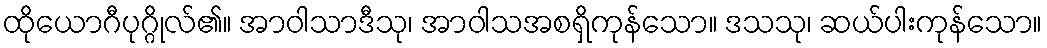
ထိုယောဂီပုဂ္ဂိုလ်၏။ အာဝါသာဒီသု၊ အာဝါသအစရှိကုန်သော။ ဒသသု၊ ဆယ်ပါးကုန်သော။